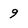
Character: 9